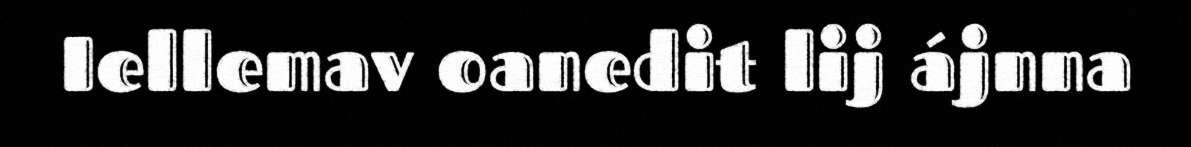
Iellemav oanedit lij ájnna